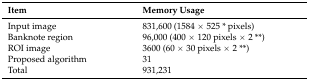
| Item | Memory Usage |
 | --- | --- |
 | Input image | 831,600 (1584 × 525 * pixels) |
 | Banknote region | 96,000 (400 × 120 pixels × 2 **) |
 | ROI image | 3600 (60 × 30 pixels × 2 **) |
 | Proposed algorithm | 31 |
 | Total | 931,231 |